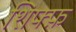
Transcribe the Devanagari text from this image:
शिफ्फ़